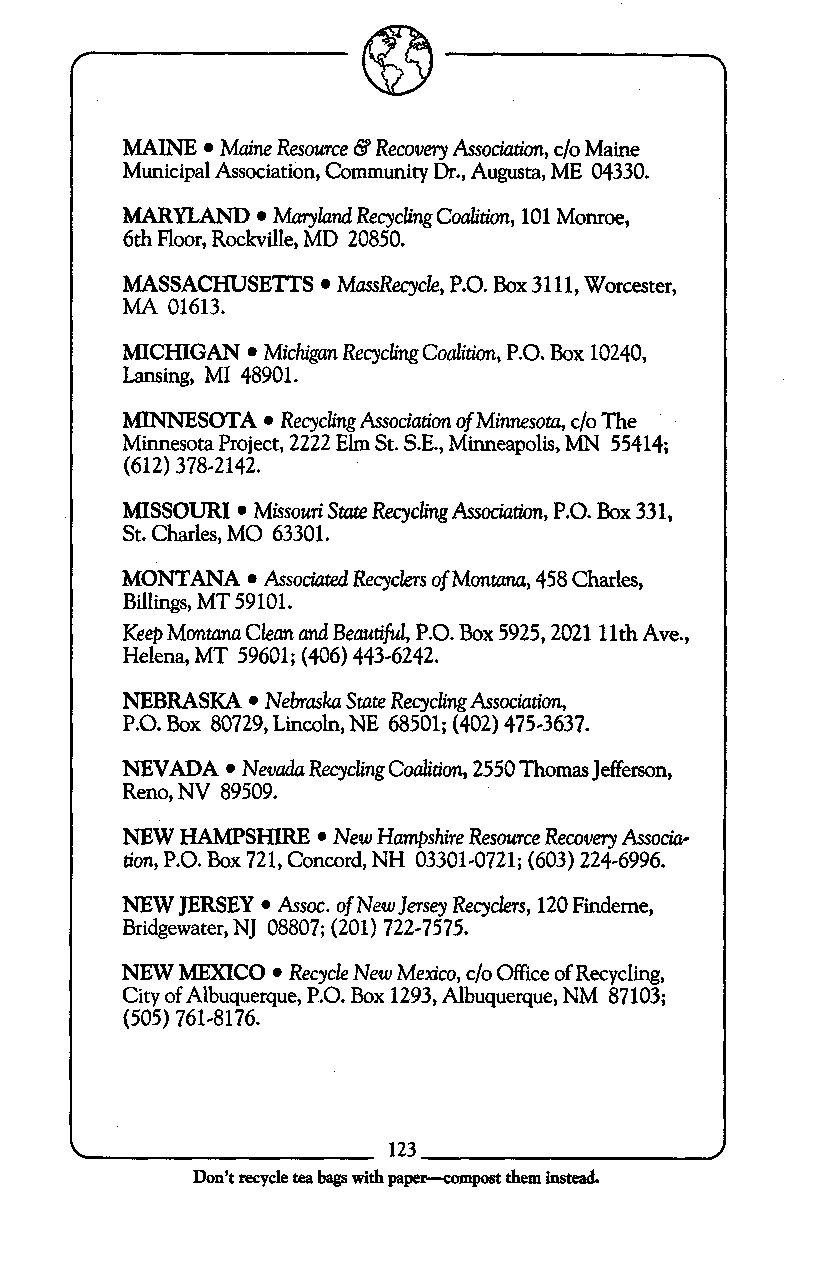
MAINE  Maine Resource B Recovery Association, c/o Maine
 Municipal Association, Community Dr., Augusta, ME 04330.
 MARYLAND  Maryland Recycling Coalition, 101 Monroe,
 6th Floor, Rockville, MD 20850.
 MASSACHUSETTS MussRecycle, P.O.B ox 31 11, Worcester,
 MA 01613.
 MICHIGAN Michigun Recycling Coalition, P.O. Box 10240,
 Lansing, MI 48901.
 MINNESOTA  Recycling Association of Minnesota, c/o The
 Minnesota Project, 2222 Elm St. S.E., Minneapolis, MN 55414;
 (612) 378-2142.
 MISSOURI Missouri State Recycling Association, P.O. Box 33 1,
 St. Charles, MO 63301.
 MONTANA  Associated &cyclers of~ontam4, 58 Charles,
 Billings, MT 59101.
 Keep Montana Ckun and Beautiful, P.O. Box 5925,2021 11th Ave.,
 Helena, MT 59601; (406) 443-6242.
 NEBRASKA  Neb" Smte Recycling Association,
 P.O. Box 80729, Lincoln, NE 68501; (402) 475-3637.
 NEVADA  New& Recycling Coalition, 2550 Thomas Jefferson,
 Reno, NV 89509.
 NEW HAMPSHIRE New Hampshire Resource Recovery Associa-
 tion, P.O. Box 721, Concord, NH 03301-0721; (603) 224-6996.
 NEW JERSEY Assoc. of New Jersey Recyclers, 120 Findeme,
 Bridgewater, NJ 08807; (201) 722-7575.
 NEW MEXICO Recycle New Mexico, c/o Office of Recycling,
 City of Albuquerque, P.O. Box 1293, Albuquerque, NM 87103;
 (505) 761-8176.
 ~
 Don't recycle tea bags with paper-compt them instead.